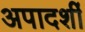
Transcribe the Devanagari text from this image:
अपादर्शी